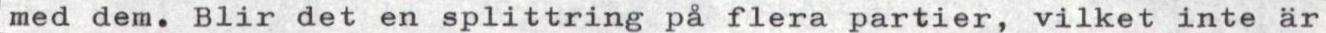
med dem. Blir det en splittring på flera partier, vilket inte är